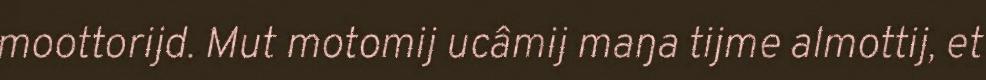
moottorijd. Mut motomij ucâmij maŋa tijme almottij, et